Bréfritari: Sigríður Pálsdóttir
Viðtakandi: Páll Pálsson
Dagsetning: A-1854-12-20
Skrifað á: Hraungerði  Árn.
Páll var bróðir Sigríðar

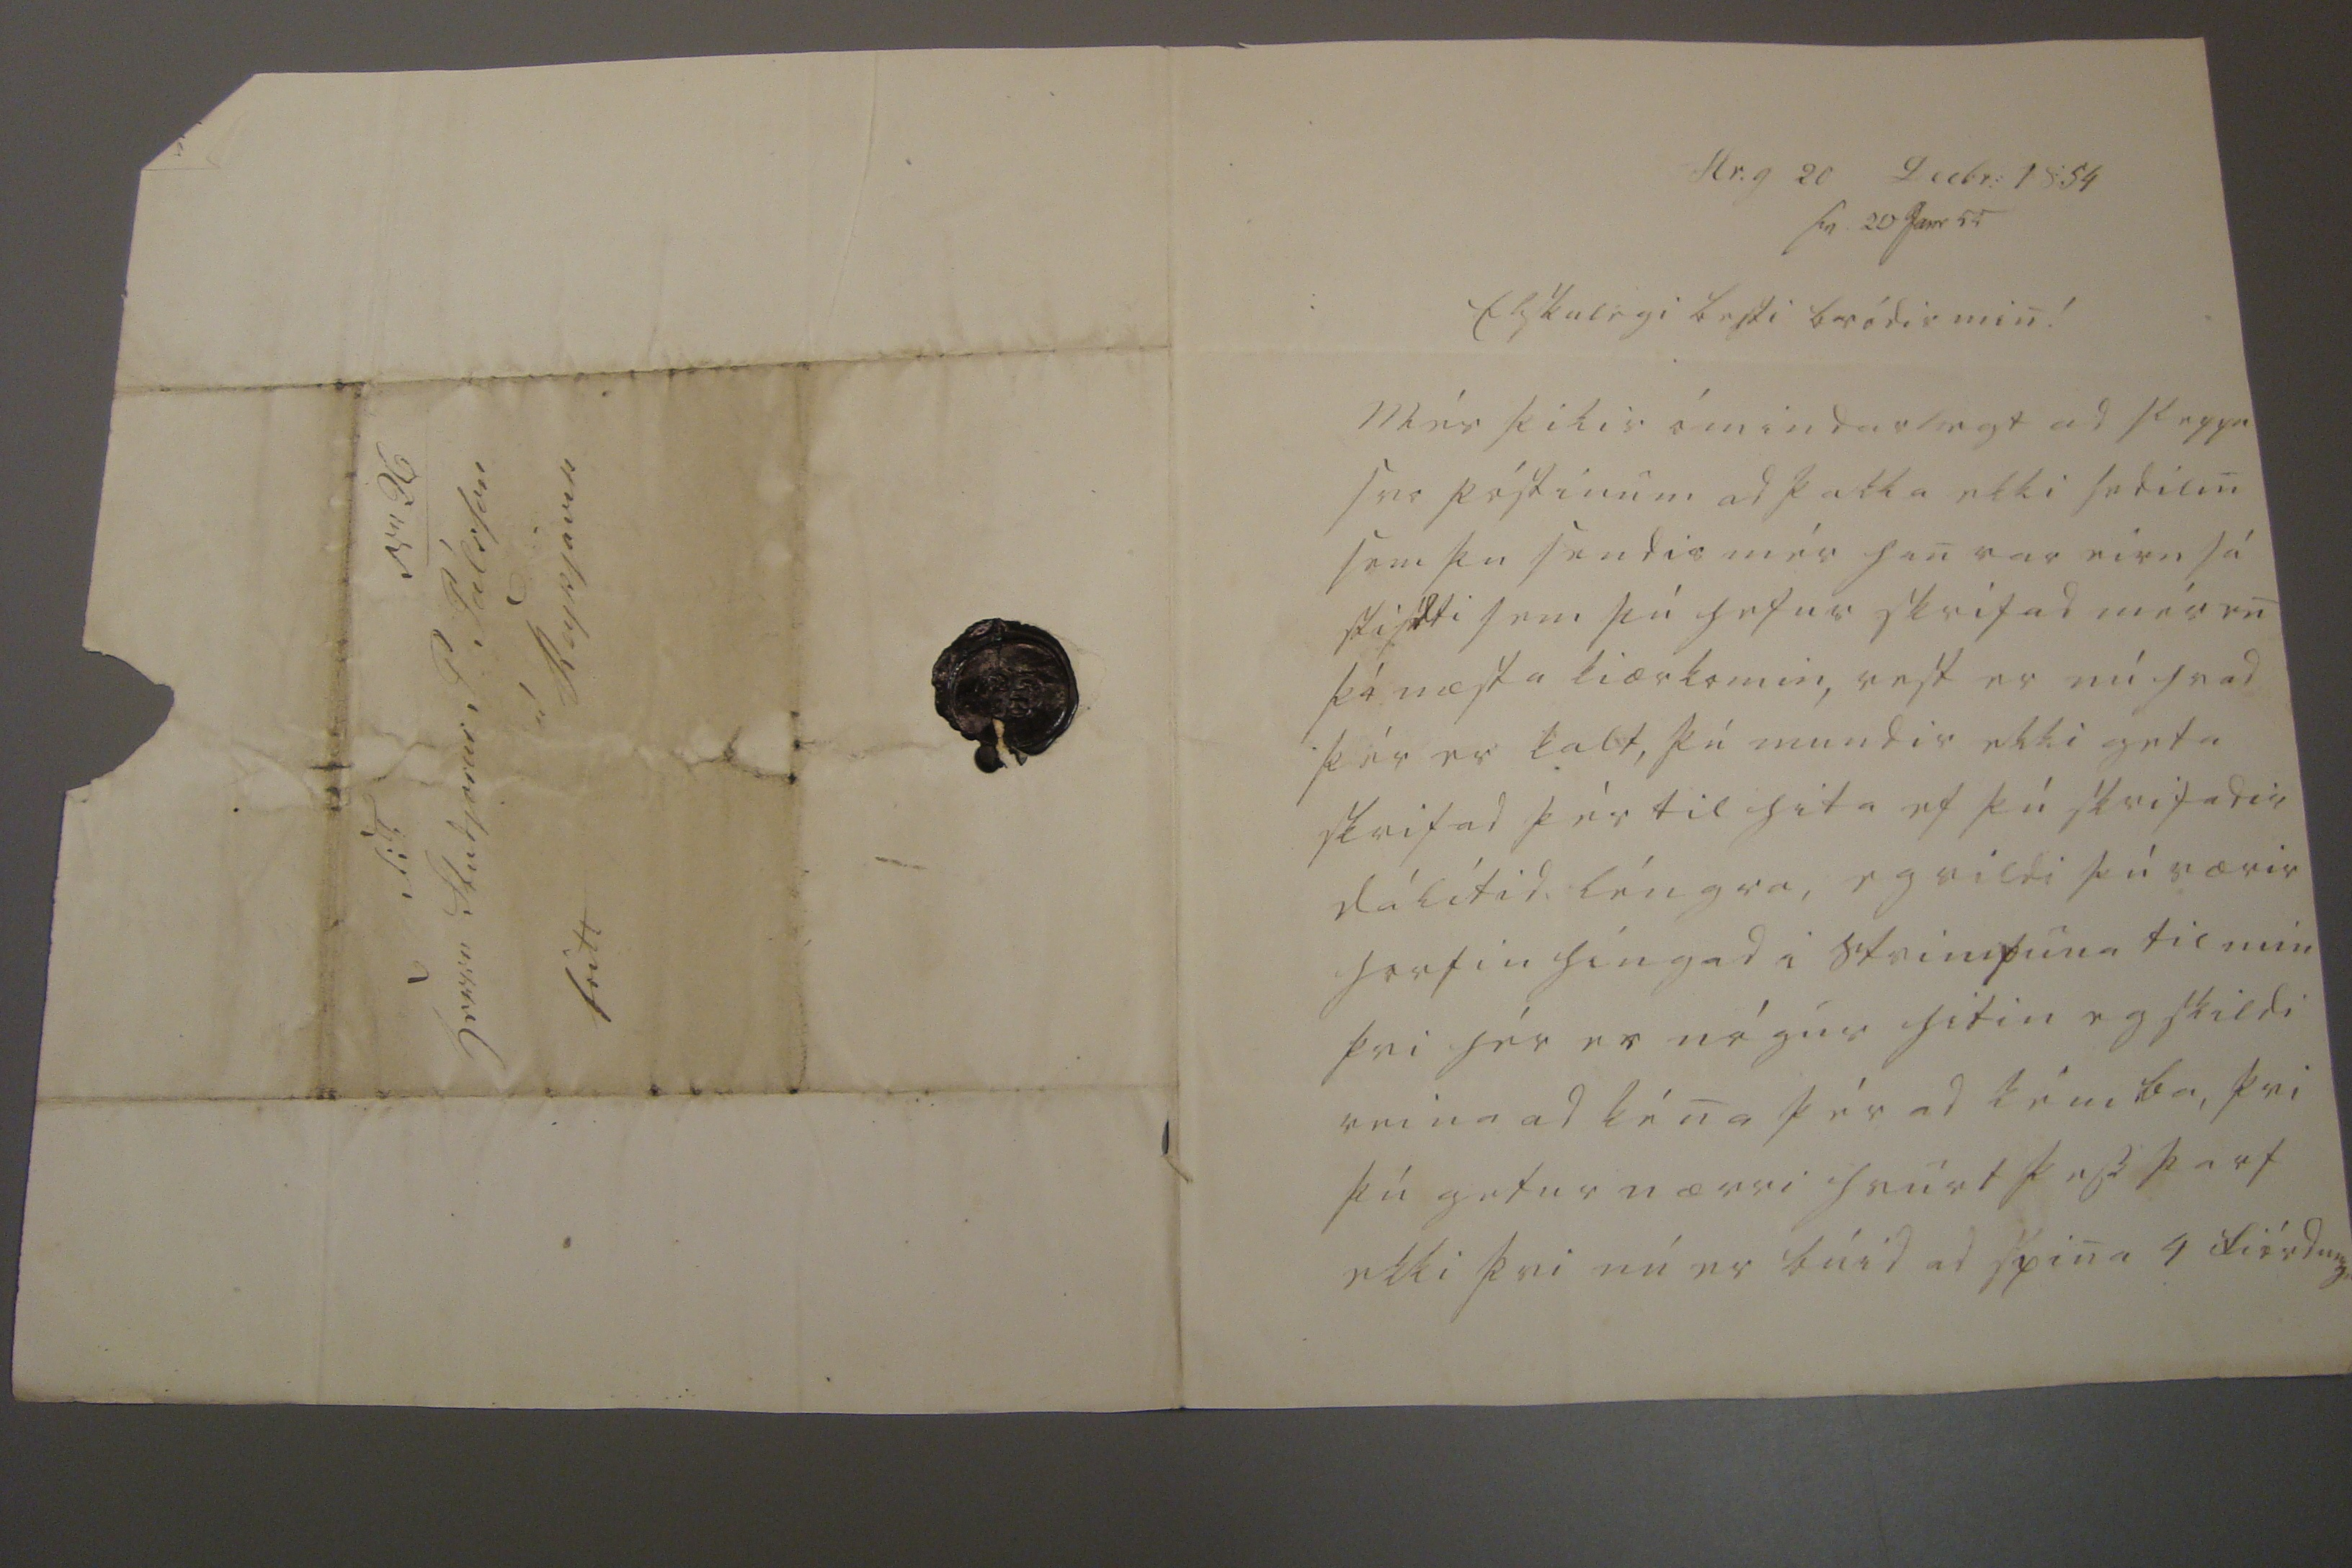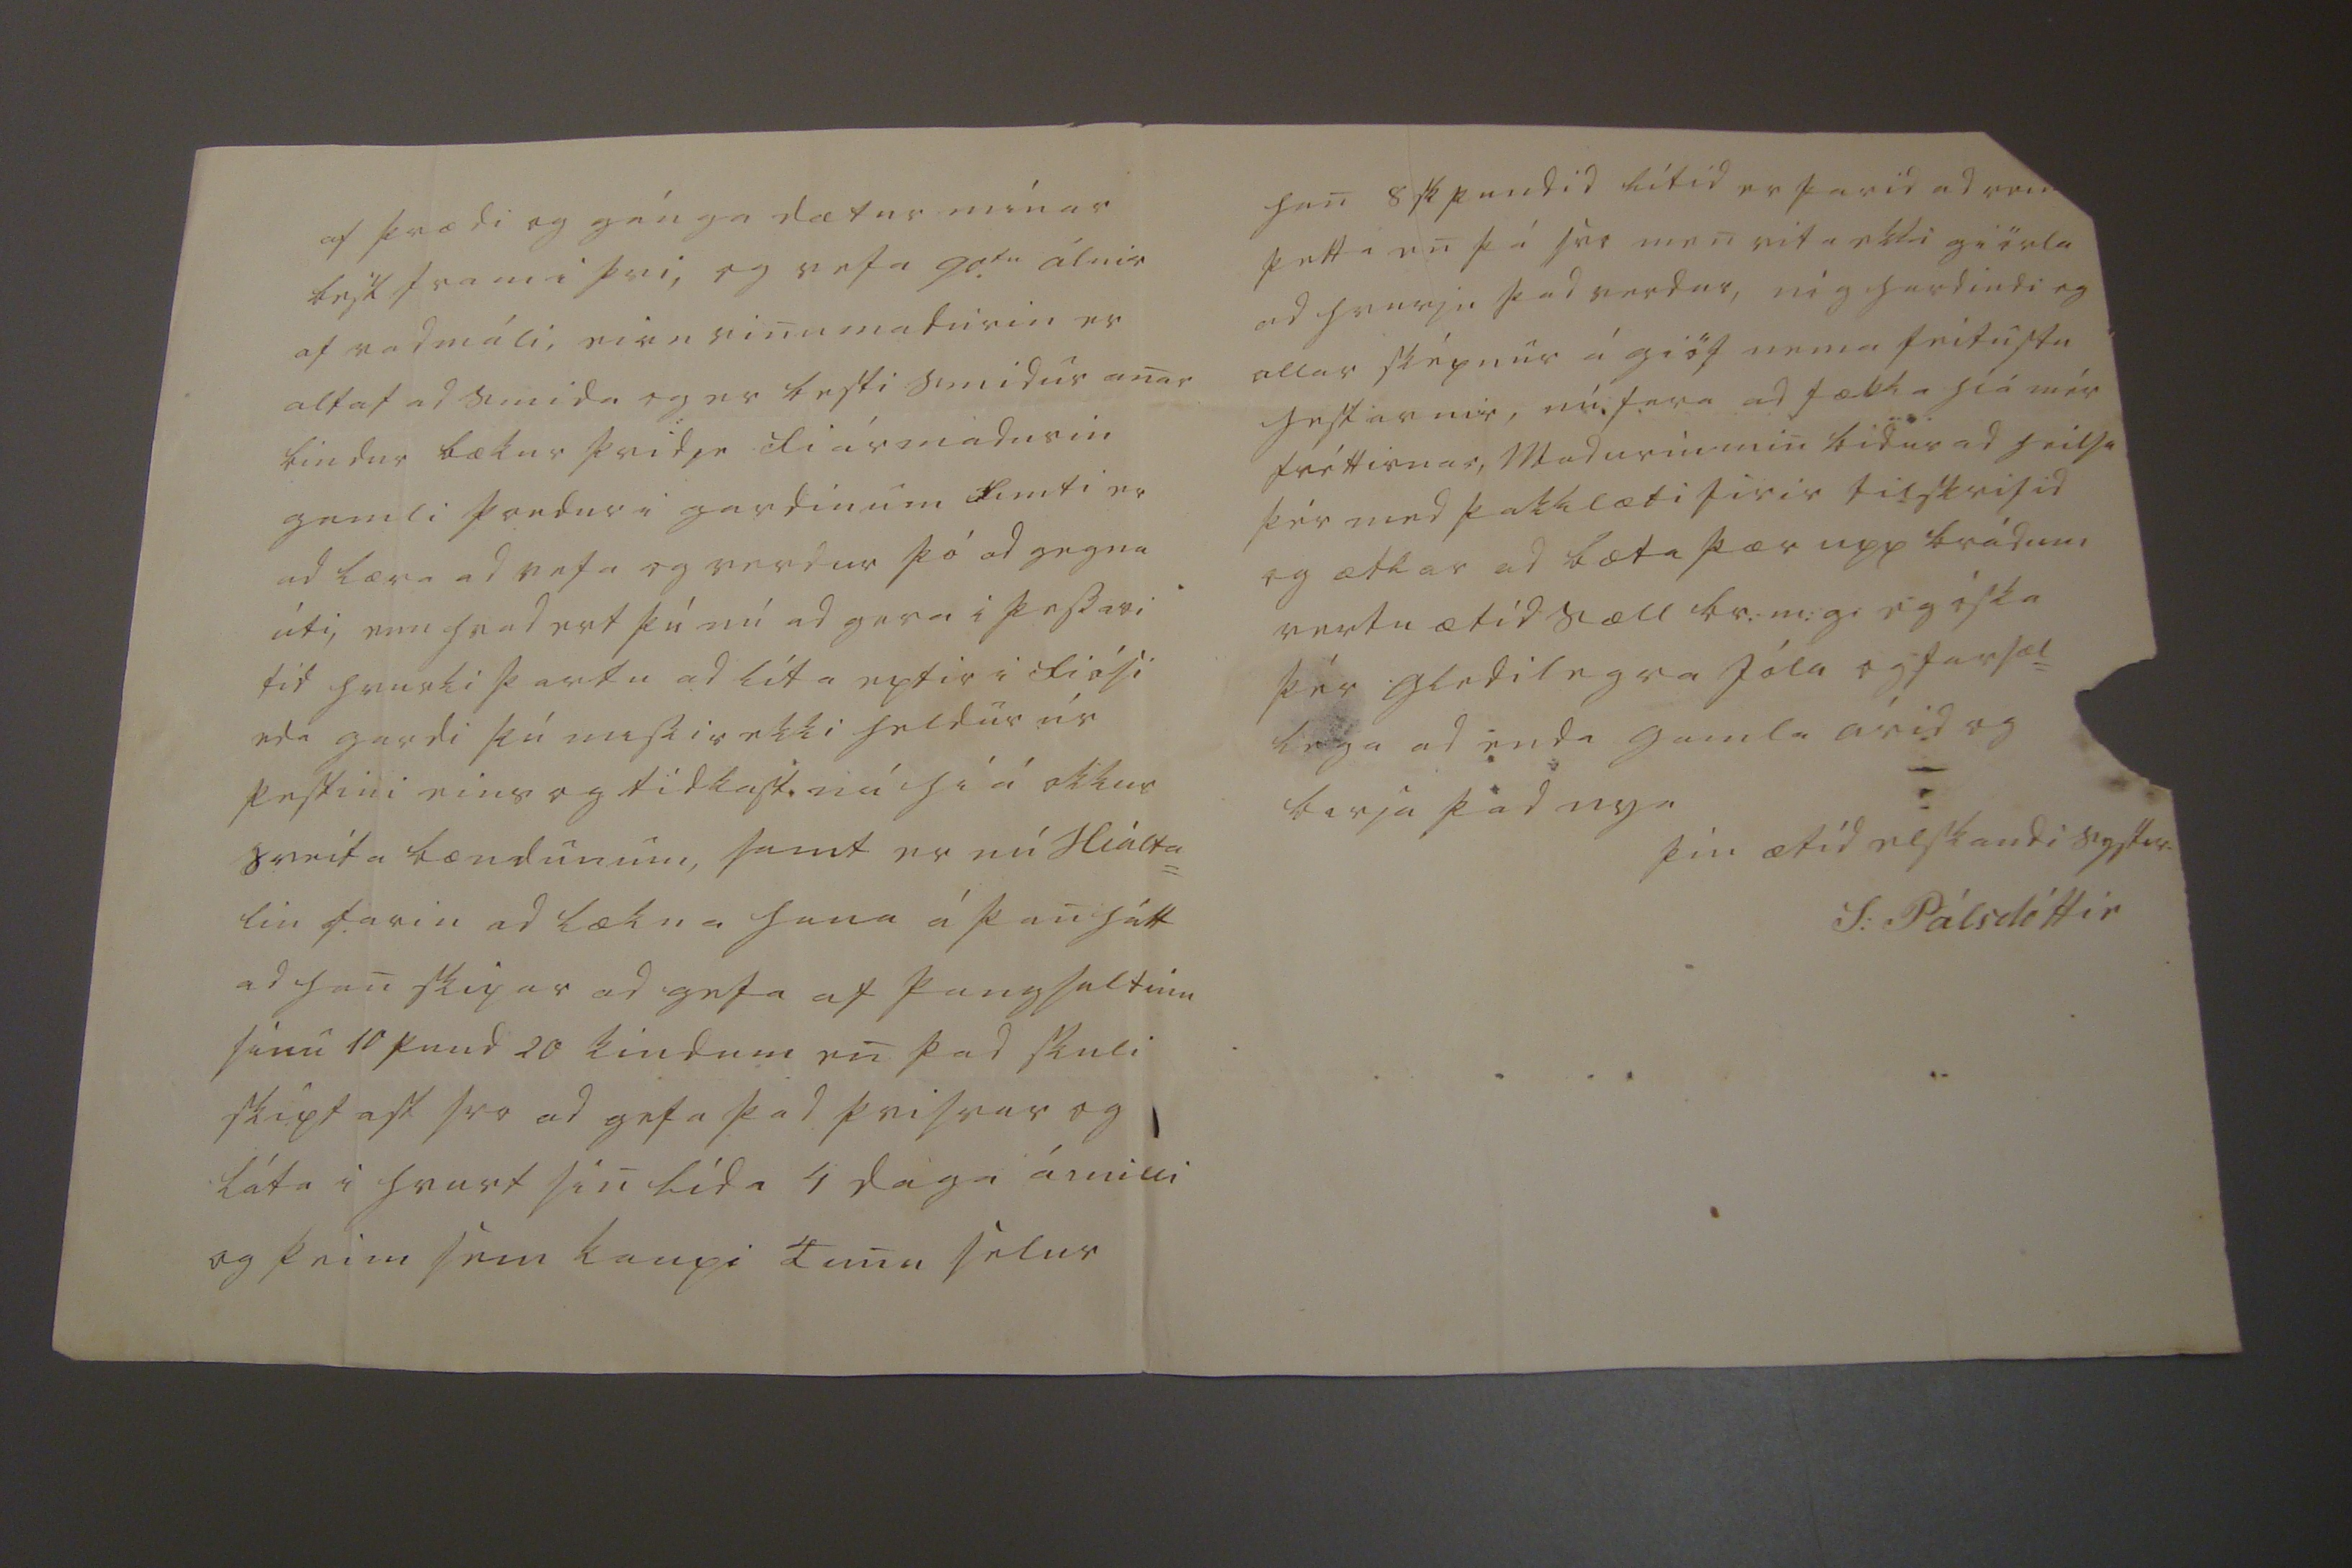

Hr.g 20 Decbr: 1854
sv. 20 Janr 55
Elskulegi besti bródir min!
Mér þikir ómindarlegt ad sleppa svo póstinum ad þakka ekki sedilin sem þu sendir mér han var eirn sá stisdti sem þú hefur skrifad mér en þá næsta kiærkomin, vest er nú hvad þér er kalt, þú mundir ekki geta skrifad þér til hita ef þú skrifadir dálítid léngra, eg vildi þú værir horfin híngad i
strimpuna
til mín þvi hér er nógur hitin eg skildi reina ad kéna þér ad kémba, þvi þú getur nærri hvurt þess þarf ekki þvi nú er búid ad spina 4 fiórdung
a
af þrædi og gánga dætur mínar best fram i þvi, og hafa 90
tu
álnir af vadmáli, eirn vinumadurin er altaf ad smida og er besti smidur anar bindur bækur þridje fiármadurin gamli þordur i gardinum fimti er ad læra ad vefa og verdur þó ad gegna úti, enn hvad ert þú nú ad gera i þessari tíd hvurki þartu ad líta eptir i Fiósi eda gardi þú missir ekki heldur úr pestini eins og tídkast nú híá okkur sveita bændunum, samt er nú Hialta= lin farin ad lækna hana á þan hátt ad han skipar ad gefa af þangsaltinu sinu 10 pund 20 kindum en þad skuli skiptast svo ad gefa þad þrisvar og láta i hvurt sin lída 4 daga ámili og þeim sem kaupi Tunu selur
han 8 sk pundid lítid er farid ad rein þetta en þá svo men vita ekki giörla ad hvurju þad verdur, nóg hardindi og allar sképnur á giöf nema feitustu hestarnir, nú fara ad fækka hiá mér fréttirnar, madurin min bidur ad heilsa þér med þakklæti firir tilskrifid og ætlar ad bæta þær upp brádum vertu ætíd sæll br: m:g: eg óska þér gledilegra Jóla og farsæl= lega ad enda gamla árid og birja þad nya
þín ætíd elskandi systir
S: Pálsdóttir
Nr 26 S: T: herra Studjosus P Pálsson á Reijkjavik
fritt